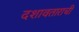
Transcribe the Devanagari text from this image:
दशावताराची